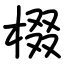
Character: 棳